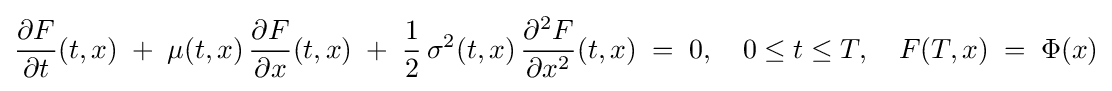
{\frac {\partial F}{\partial t}}(t,x)\;+\;\mu (t,x)\,{\frac {\partial F}{\partial x}}(t,x)\;+\;{\frac {1}{2}}\,\sigma ^{2}(t,x)\,{\frac {\partial ^{2}F}{\partial x^{2}}}(t,x)\;=\;0,\quad 0\leq t\leq T,\quad F(T,x)\;=\;\Phi (x)